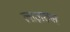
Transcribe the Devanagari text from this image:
लाज़रुस